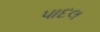
પાદલ